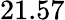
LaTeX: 21.57